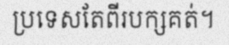
ប្រទេសតែពីរបក្សគត់។